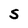
Character: S